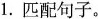
1.匹配句子。